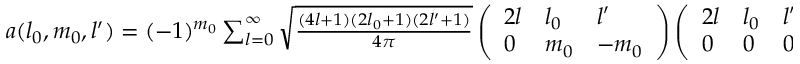
\begin{array} { r } { a ( l _ { 0 } , m _ { 0 } , l ^ { \prime } ) = ( - 1 ) ^ { m _ { 0 } } \sum _ { l = 0 } ^ { \infty } \sqrt { \frac { ( 4 l + 1 ) ( 2 l _ { 0 } + 1 ) ( 2 l ^ { \prime } + 1 ) } { 4 \pi } } \left( \begin{array} { l l l } { 2 l } & { l _ { 0 } } & { l ^ { \prime } } \\ { 0 } & { m _ { 0 } } & { - m _ { 0 } } \end{array} \right) \left( \begin{array} { l l l } { 2 l } & { l _ { 0 } } & { l ^ { \prime } } \\ { 0 } & { 0 } & { 0 } \end{array} \right) c _ { l } } \end{array}